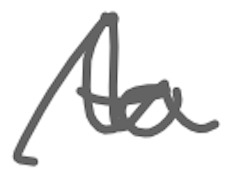
Text: to
Cross-out: wave
Writing tool: digital_gray